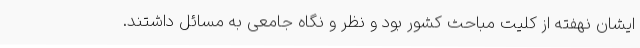
ایشان نهفته از کلیت مباحث کشور بود و نظر و نگاه جامعی به مسائل داشتند.